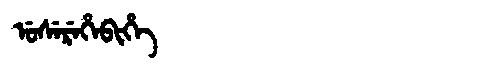
Manchu: ᡠᠰᡝᡵᡝᡥᡝᠪᡳᡥᡝ
Romanization: USEREHEBIHE